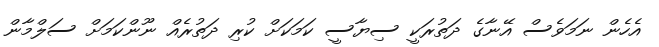
އެހެން ނަމަވެސް އޭނާގެ ދަތުރަކީ ސިޔާސީ ކަމަކަށް ކުރި ދަތުރެއް ނޫންކަމަށް ސަލްމާން